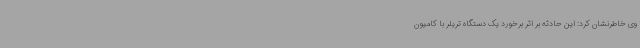
وی خاطرنشان کرد: این حادثه بر اثر برخورد یک دستگاه تریلر با کامیون